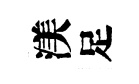
渼足